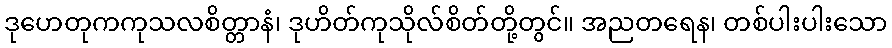
ဒုဟေတုကကုသလစိတ္တာနံ၊ ဒုဟိတ်ကုသိုလ်စိတ်တို့တွင်။ အညတရေန၊ တစ်ပါးပါးသော